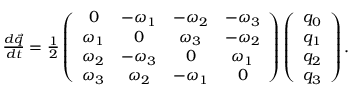
\begin{array} { r } { \frac { d \Vec { q } } { d t } = \frac { 1 } { 2 } \left( \begin{array} { c c c c } { 0 } & { - \omega _ { 1 } } & { - \omega _ { 2 } } & { - \omega _ { 3 } } \\ { \omega _ { 1 } } & { 0 } & { \omega _ { 3 } } & { - \omega _ { 2 } } \\ { \omega _ { 2 } } & { - \omega _ { 3 } } & { 0 } & { \omega _ { 1 } } \\ { \omega _ { 3 } } & { \omega _ { 2 } } & { - \omega _ { 1 } } & { 0 } \end{array} \right) \left( \begin{array} { c c c c } { q _ { 0 } } \\ { q _ { 1 } } \\ { q _ { 2 } } \\ { q _ { 3 } } \end{array} \right) . } \end{array}